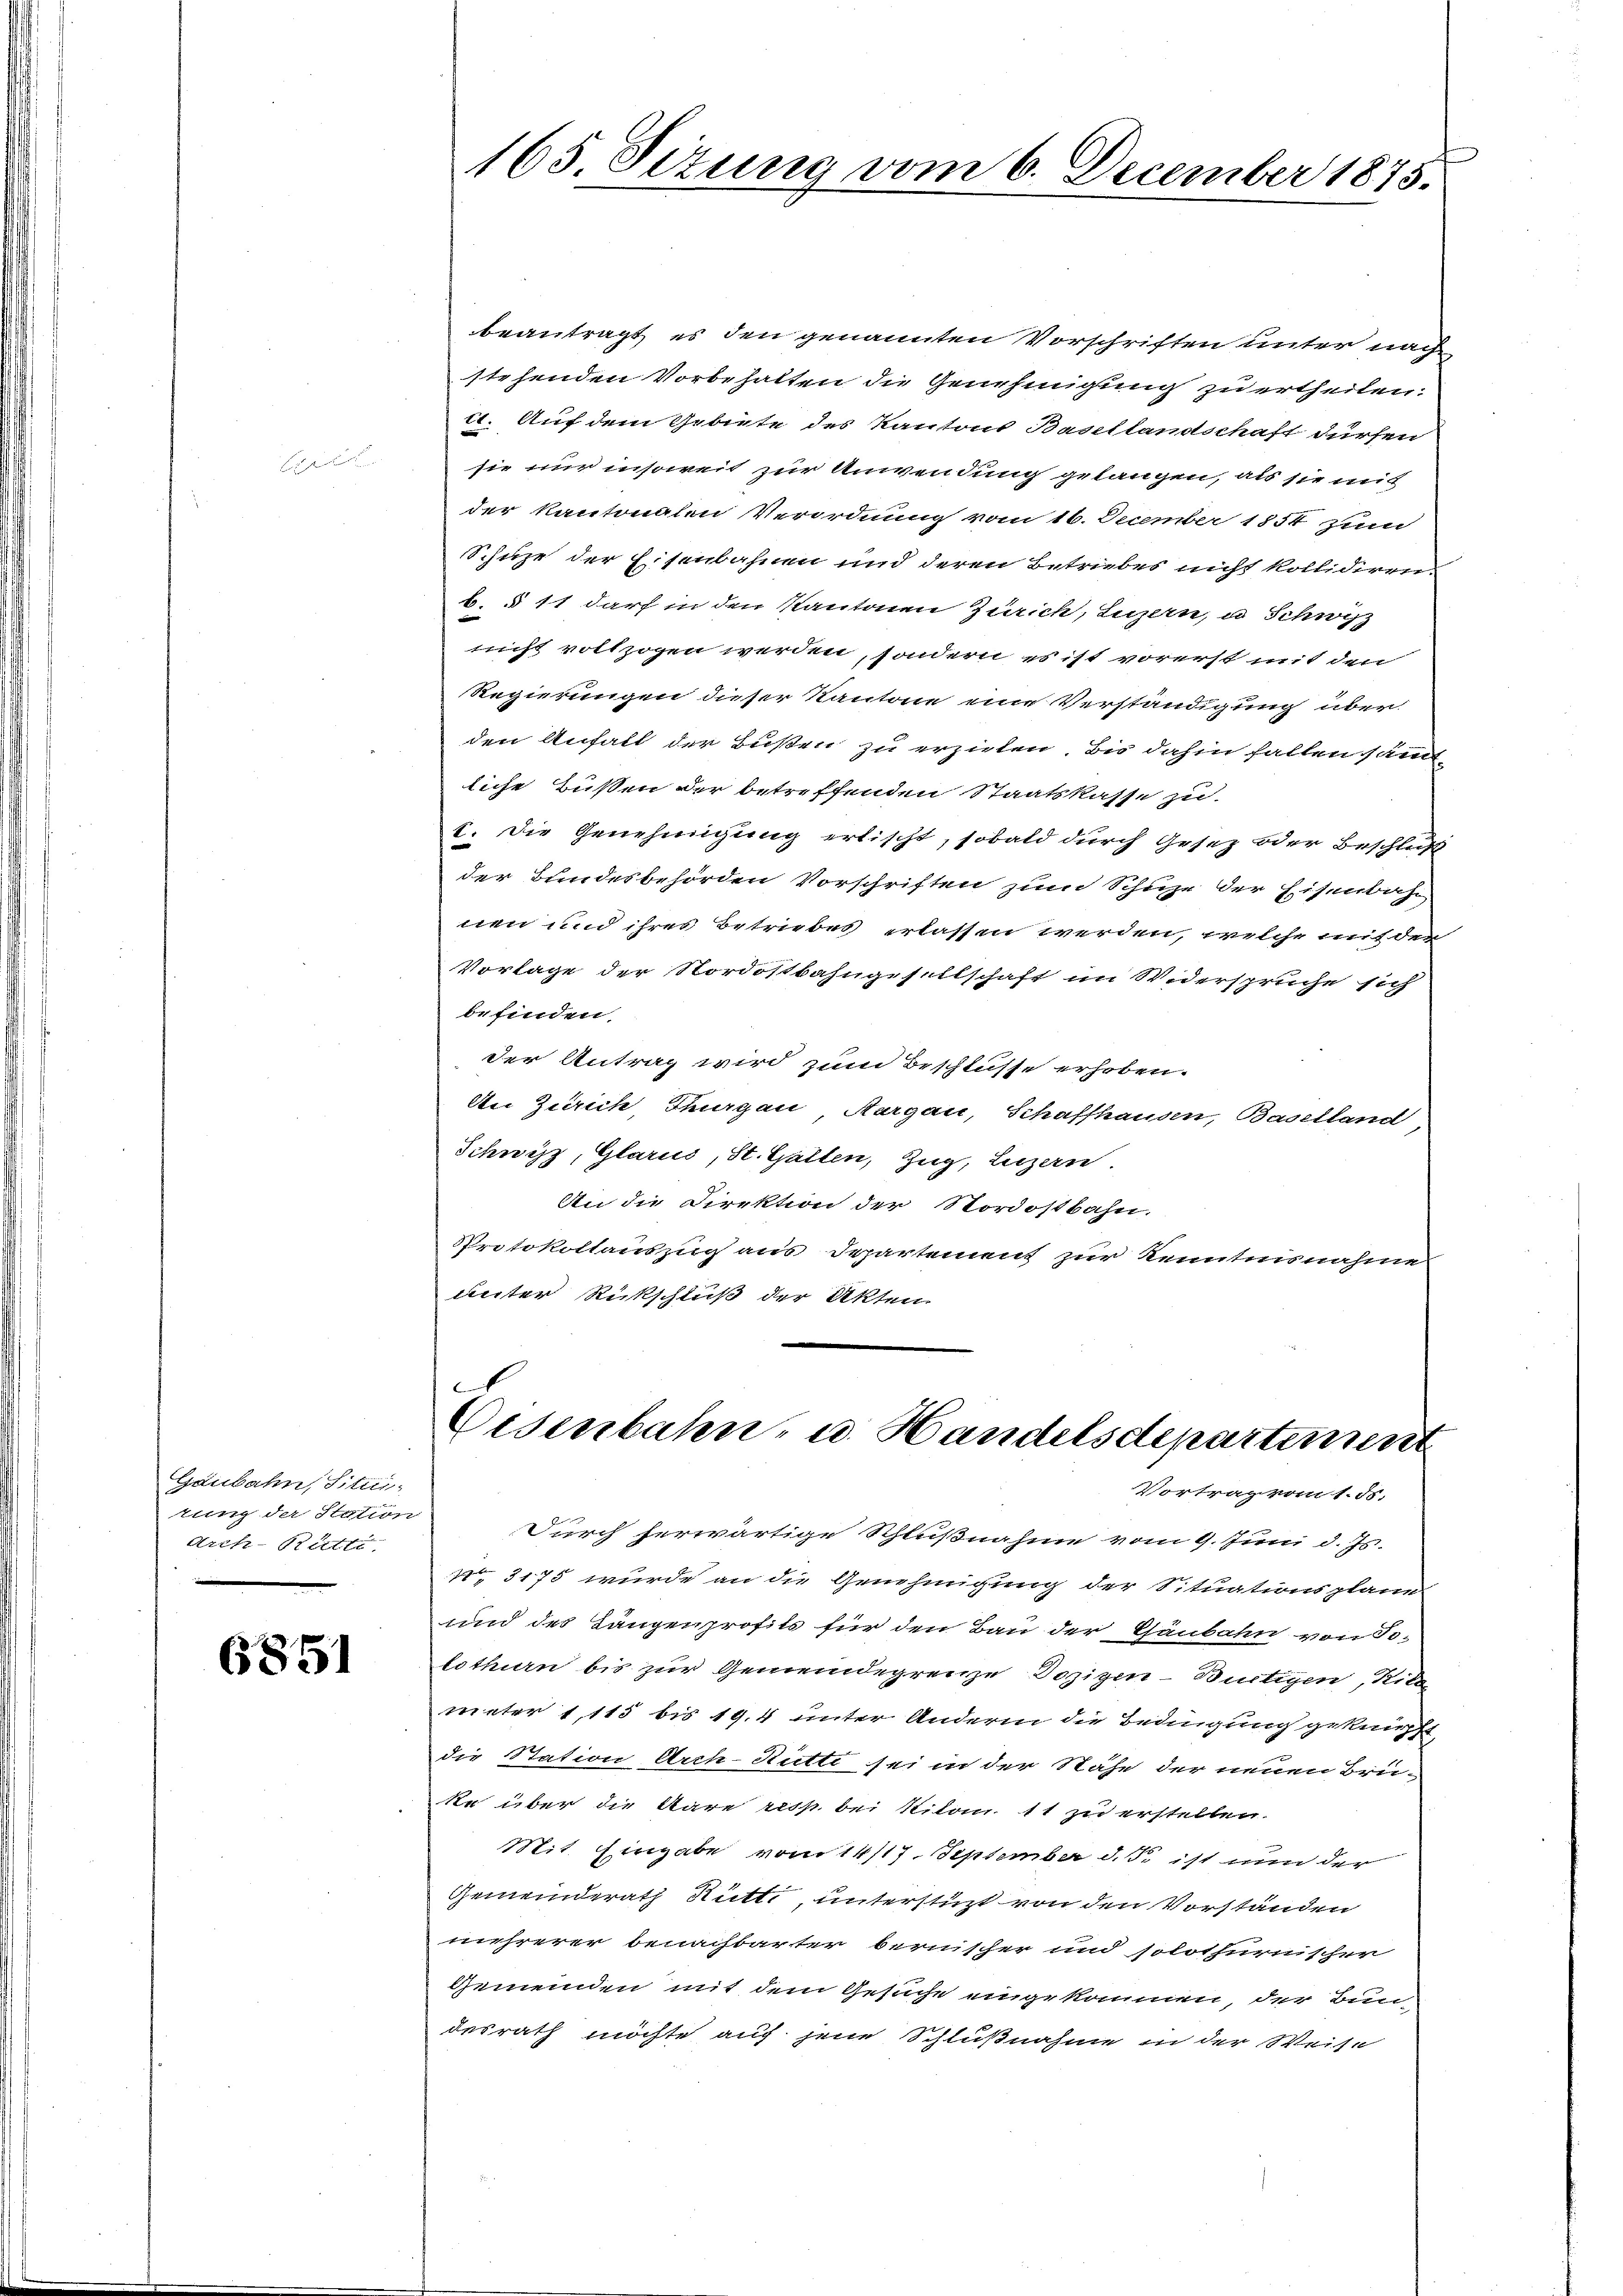
Gaubahn, Situ
rung der Station
Arch-Rätte.

6851

165. Sizung vom 6. December 1875.

beantragt, es den genannten Vorschriften unter nach
stehenden Vorbehalten die Genehmigung zu ertheilen.
c. Auf dem Gebiete des Kantons Basellandschaft dürfen
sie nur insoweit zur Anwendung gelangen, als sie mit
der kantonalen Verordnung vom 16. December 1854 zum
Schuze der Eisenbahnen und deren Betriebes nicht kollidiren.
b. § 11 darf in den Kantonen Zürich, Luzern, u Schwyz
nicht vollzogen werden, sondern es ist vorerst mit den
Regierungen dieser Kantone eine Verständigung über
den Anfall der Bußen zu erziehen. Bis dahin fallen sämmtliche Bußen der betreffenden Staatskasse zu.
I. Die Genehmigung erlischt, sobald durch Gesez oder Beschluß
der Bundesbehörden Vorschriften zum Schuze der Eisenbahn
nen und ihres Betriebes erlassen werden, welche mit der
Vorlage der Nordostbahngesellschaft im Widerspruche sich
befinden.
der Antrag wird zum Beschlusse erhoben.
An Zürich Thurgau, Aargau, Schaffhausen, Baselland
Schwyz, Glarus, St. Gallen, Zug, Luzern.
An die Direktion der Nordostbahn.
Protokollauszug aus Departement zur Kenntnisnahme
unter Rückschluß der Akten

.
Eisenbahn- u. Handelsdepartement
Vortrag vom 1. ds.

Durch herwärtige Schlußnahme vom 9. Juni d. Js.
N 3175 wurde an die Genehmigung der Situationsplane
und des Längenprofils für den Bau der Chänbahn von To-
lothurn bis zur Gemeindegrenze Dozigen-Bürtigen, Ritte
meter 1,115 bis 194 unter Andern die Bedingung geknüpft
die Station Arch-Stutti sei in der Nähe der neuen Brü-
ke über die Aare resp. bei Nilan. 11 zu erstellen.
Mit Eingabe vom 14/17. September d. J. ist nun der
Gemeinderath Rütti unterstüzt von den Vorständen
mehrerer benachbarter bernischer und solothurnischer
Gemeinden mit dem Gesuche eingekommen, der Bun-
desrath möchte auf jene Schlußnahme in der Weise